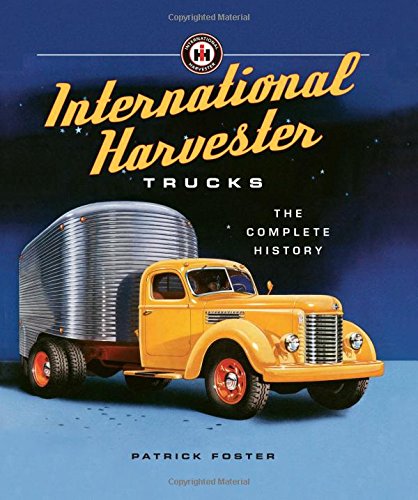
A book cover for International Harvester Trucks: The Complete History; Patrick Foster; Engineering & Transportation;